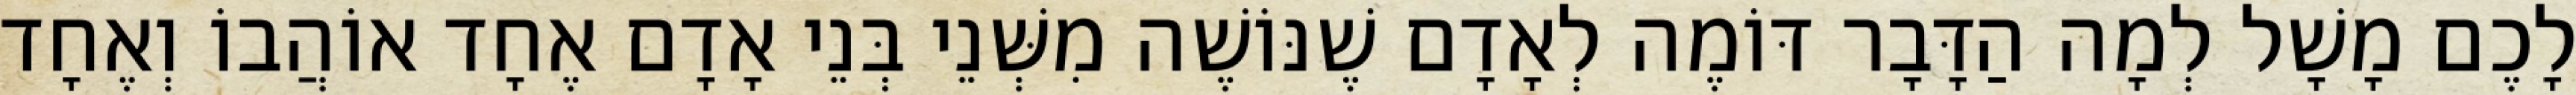
לָכֶם מָשָׁל לְמָה הַדָּבָר דּוֹמֶה לְאָדָם שֶׁנּוֹשֶׁה מִשְּׁנֵי בְּנֵי אָדָם אֶחָד אוֹהֲבוֹ וְאֶחָד